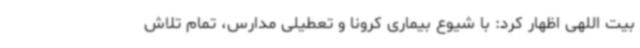
بیت اللهی اظهار کرد: با شیوع بیماری کرونا و تعطیلی مدارس، تمام تلاش